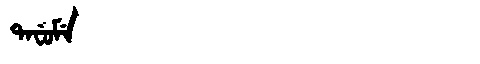
Manchu: ᡨᠠᠸᡠᠮᡝ
Romanization: TAFUME